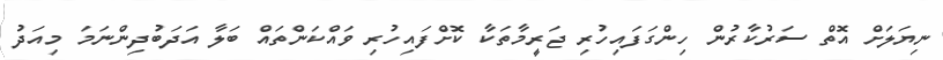
ނިޔަލަށް އޮތް ސަރުކާރުން ހިންގަފައިހުރި ޖަރީމާތަކާ ކޮށްފައިހުރި ވައްކަންތައް ބަލާ އަދަބުދިންނަމަ މިއަދު